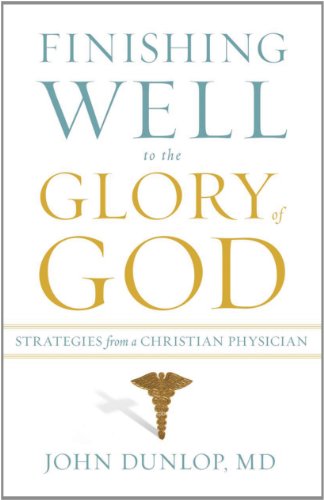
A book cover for Finishing Well to the Glory of God: Strategies from a Christian Physician; John, MD Dunlop; Christian Books & Bibles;